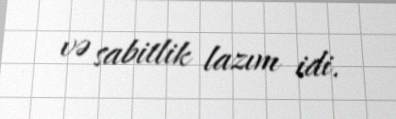
və sabitlik lazım idi.